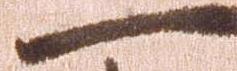
一